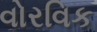
વોરવિક